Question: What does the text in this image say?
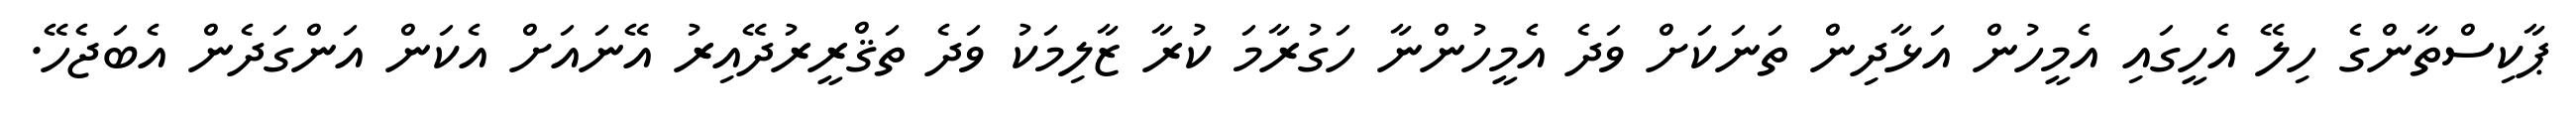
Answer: ޕާކިސްތާންގެ ހިލޭ އެހީގައި އެމީހުން އަޅާދިން ތަނަކަށް ވަދެ އެމީހުންނާ ހަގުރާމަ ކުރާ ޒާލިމަކު ވަދެ ތަޤްރީރުދޭއިރު އޭނައަށް އެކަން އަންގަދެން އެބަޖެހޭ.